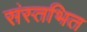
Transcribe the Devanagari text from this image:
संस्तभित